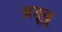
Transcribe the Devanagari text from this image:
अतूवु